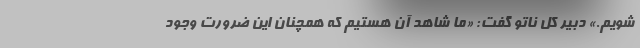
شویم.» دبیر کل ناتو گفت: ‌«ما شاهد آن هستیم که همچنان این ضرورت وجود